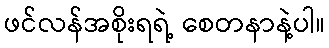
ဖင်လန်အစိုးရရဲ့ စေတနာနဲ့ပါ။